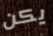
يكن